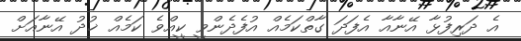
އެ ދަރިފުޅާ އޭނާއާ އެފަދަ ގާތްކަމެއް އުފެދެންވީ ކީއްވެ ކަމެއް ޚުދު އޭނާއަށް